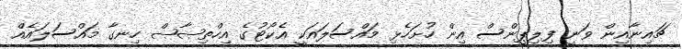
ޗައިނާއިން ވަނީ ފިލިޕީންސް އިން ހުށަހެޅި މައްސަލައަކީ އެކޯޓުގެ އިހްތިޞާޞް ހިނގާ މައްސަލައެއް